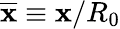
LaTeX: \overline{{\mathbf x}}\equiv{\mathbf x}/R_{0}